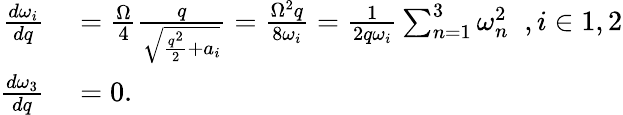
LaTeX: \begin{array}{rl}{\frac{d\omega_{i}}{dq}}&{{}=\frac{\Omega}{4}\frac{q}{\sqrt{\frac{q^{2}}{2}+a_{i}}}=\frac{\Omega^{2}q}{8\omega_{i}}=\frac{1}{2q\omega_{i}}\sum_{n=1}^{3}\omega_{n}^{2}\; \; ,i\in{1,2}}\\ {\frac{d\omega_{3}}{dq}}&{{}=0.}\end{array}